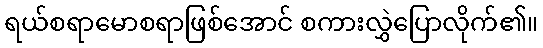
ရယ်စရာမောစရာဖြစ်အောင် စကားလွှဲပြောလိုက်၏။